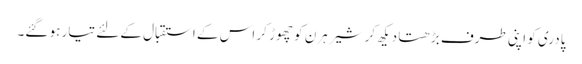
پادری کو اپنی طرف بڑھتا دیکھ کر شیر ہرن کو چھوڑ کر اس کے استقبال کے لئے تیار ہو گئے۔